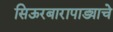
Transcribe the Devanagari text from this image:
सिऊरबारापाड्याचे